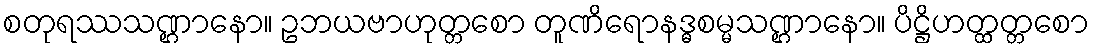
စတုရဿသဏ္ဌာနော။ ဥဘယဗာဟုတ္တစော တူဏိရောနဒ္ဓစမ္မသဏ္ဌာနော။ ပိဋ္ဌိဟတ္ထတ္တစော